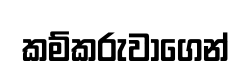
කම්කරුවාගෙන්